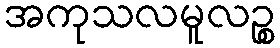
အကုသလမူလဉ္စ